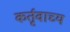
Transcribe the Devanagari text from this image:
कर्तृवाच्य